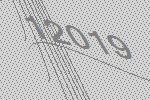
12019